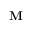
{ \mathbf { M } }